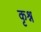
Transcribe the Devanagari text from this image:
कृश्न